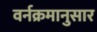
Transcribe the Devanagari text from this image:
वर्नक्रमानुसार